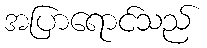
အပြာရောင်သည်